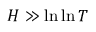
H \gg \ln \ln T